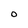
Character: O